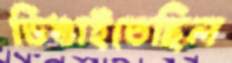
ডিঙাইতেছিল